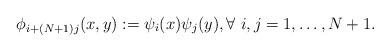
LaTeX: \begin{align*}\phi_{i+(N+1)j}(x,y) := \psi_i(x)\psi_j(y), \forall\ i,j=1,\dots,N+1.\end{align*}